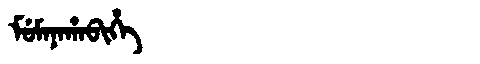
Manchu: ᠮᡠᠮᠠᠨᠠᡥᠠᠪᡳᡥᡝ
Romanization: MUMANAHABIHE